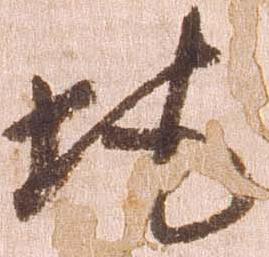
地